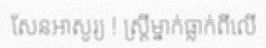
សែនអាសូរ្យ ! ស្ត្រីម្នាក់ធ្លាក់ពីលើ